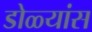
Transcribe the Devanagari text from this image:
डोळ्यांस